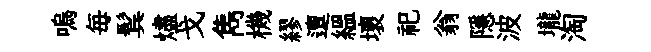
嗚毎鬂燼戈雋機繆邅緼壞祀翁隱波壠淘